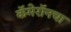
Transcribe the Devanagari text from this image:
कॅमेरॉनचा